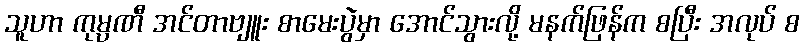
သူဟာ ကုမ္ပဏီ အင်တာဗျူး စာမေးပွဲမှာ အောင်သွားလို့ မနက်ဖြန်က စပြီး အလုပ် စ